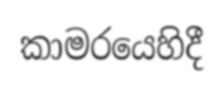
කාමරයෙහිදී